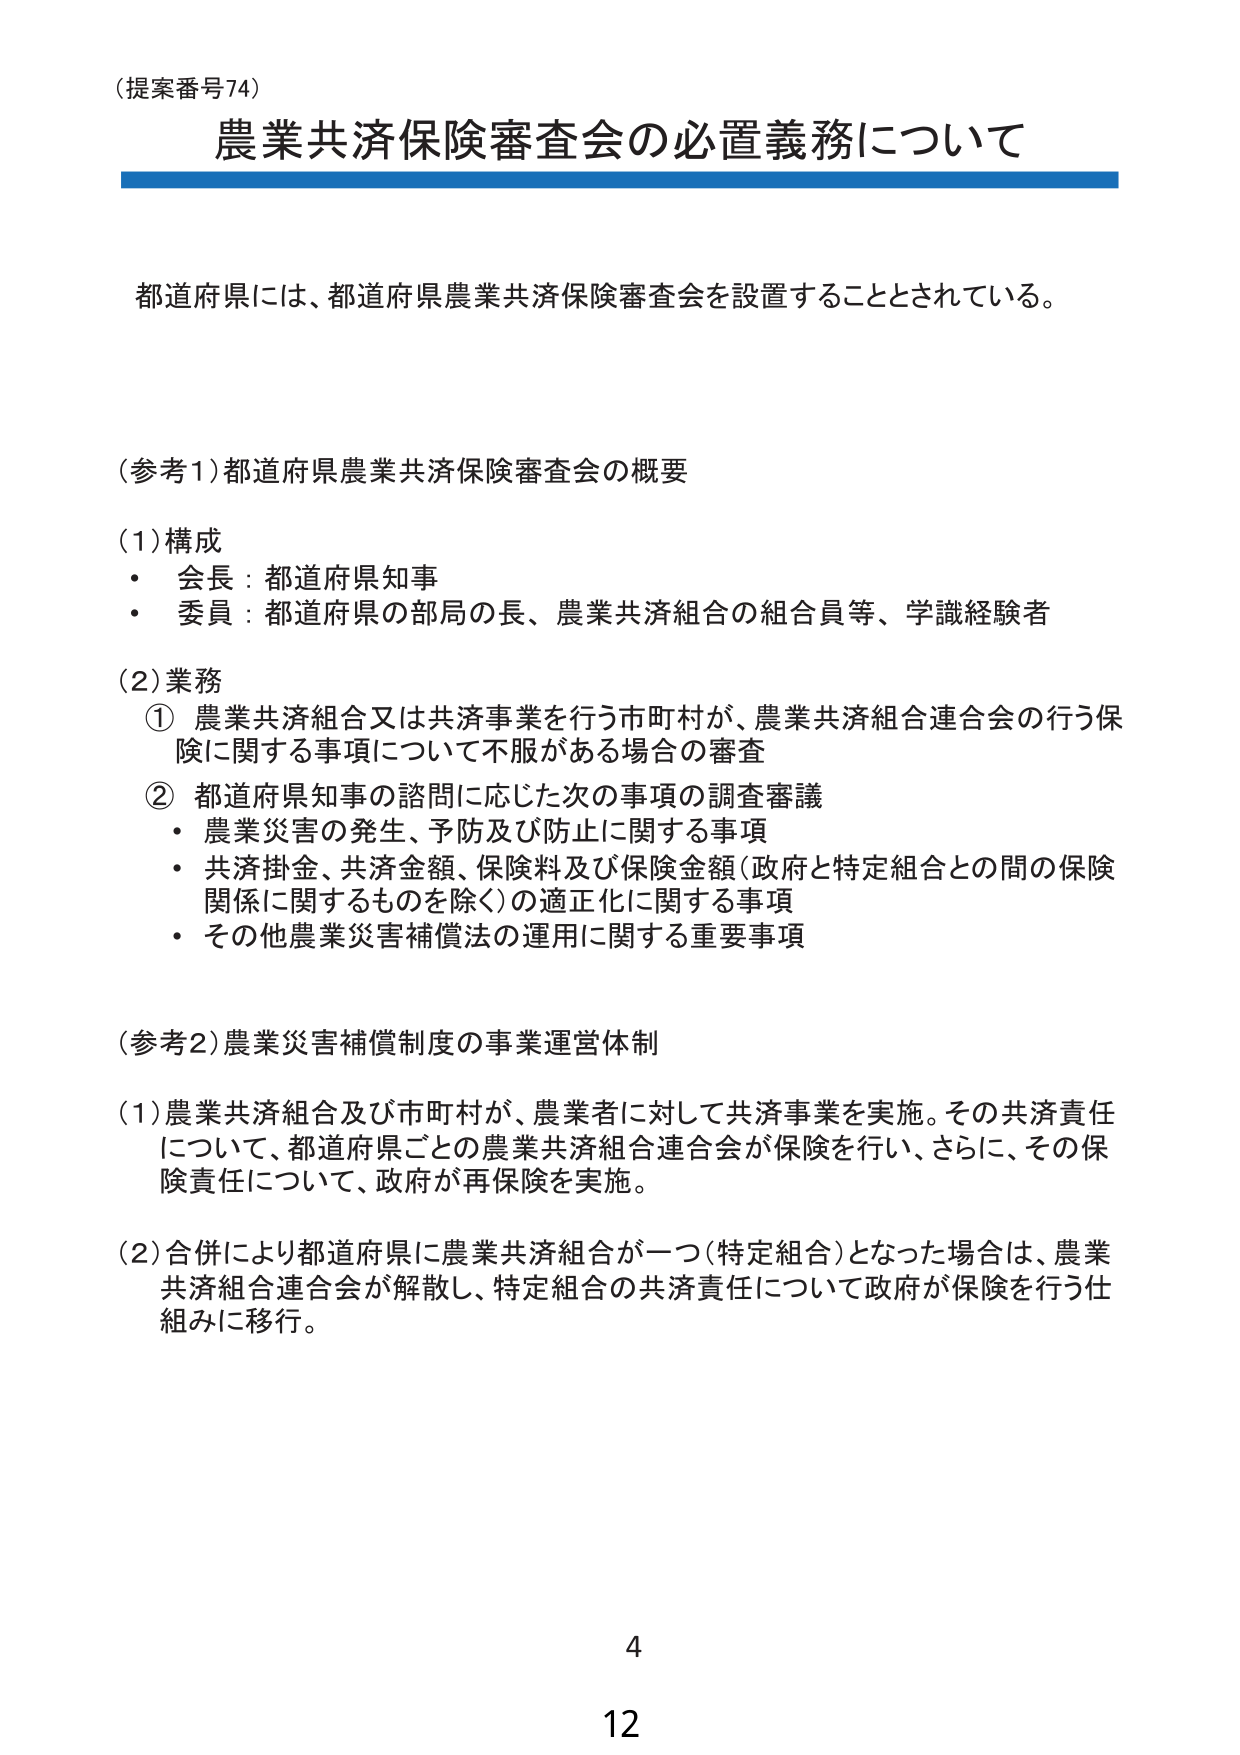
（提案番号74）
農業共済保険審査会の必置義務について

都道府県には、都道府県農業共済保険審査会を設置することとされている。

（参考1）都道府県農業共済保険審査会の概要
（1）構成
・ 会長：都道府県知事
・ 委員：都道府県の部局の長、農業共済組合の組合員等、学識経験者

（2）業務
① 農業共済組合又は共済事業を行う市町村が、農業共済組合連合会の行う保険に関する事項について不服がある場合の審査
② 都道府県知事の諮問に応じた次の事項の調査審議
・ 農業災害の発生、予防及び防止に関する事項
・ 共済掛金、共済金額、保険料及び保険金額（政府と特定組合との間の保険関係に関するものを除く）の適正化に関する事項
・ その他農業災害補償法の運用に関する重要事項

（参考2）農業災害補償制度の事業運営体制
（1）農業共済組合及び市町村が、農業者に対して共済事業を実施。その共済責任について、都道府県ごとの農業共済組合連合会が保険を行い、さらに、その保険責任について、政府が再保険を実施。
（2）合併により都道府県に農業共済組合が一つ（特定組合）となった場合は、農業共済組合連合会が解散し、特定組合の共済責任について政府が保険を行う仕組みに移行。

4
12